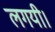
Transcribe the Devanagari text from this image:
लगयी।